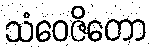
သံဝေဇိတော